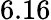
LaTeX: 6.16